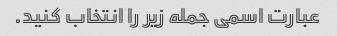
عبارت اسمی جمله زیر را انتخاب کنید.